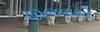
ઊજવાયો